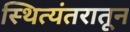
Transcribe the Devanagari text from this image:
स्थित्यंतरातून